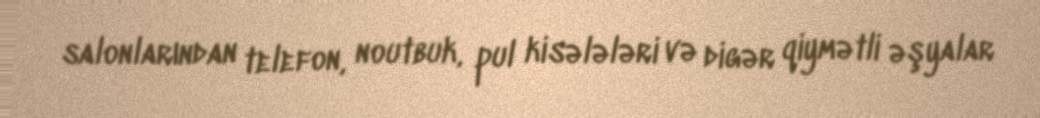
salonlarından telefon, noutbuk, pul kisələləri və digər qiymətli əşyalar